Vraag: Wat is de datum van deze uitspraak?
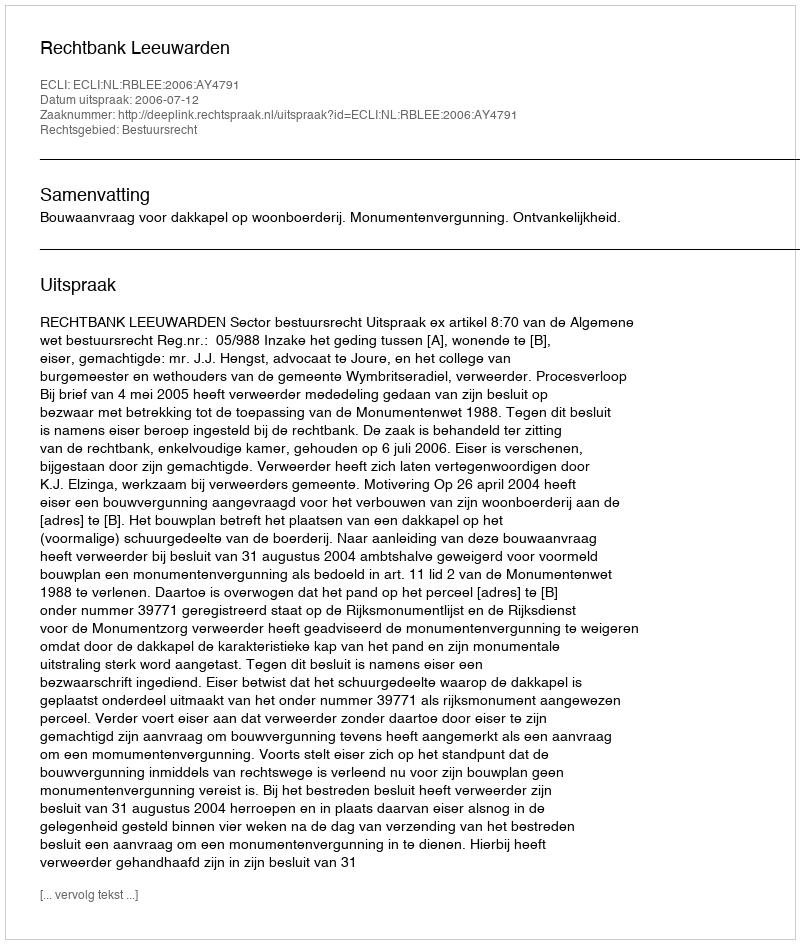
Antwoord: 2006-07-12